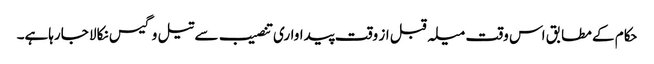
حکام کے مطابق اس وقت میلہ قبل از وقت پیداواری تنصیب سے تیل وگیس نکالا جارہاہے۔